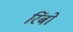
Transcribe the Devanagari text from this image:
रिंबों